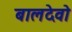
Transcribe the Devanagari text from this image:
बालदेवो